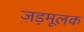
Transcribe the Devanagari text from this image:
जड़मूलक